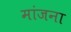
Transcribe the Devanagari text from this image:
मांजना